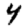
Digit: 4